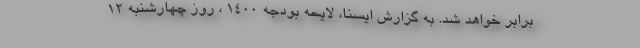
برابر خواهد شد. به گزارش ایسنا، لایحه بودجه ۱۴۰۰ ، روز چهارشنبه ۱۲